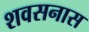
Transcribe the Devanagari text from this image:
शवसनास